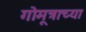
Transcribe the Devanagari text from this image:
गोमूत्राच्या